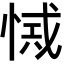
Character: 𢜾